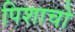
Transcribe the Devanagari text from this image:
पिशाचो